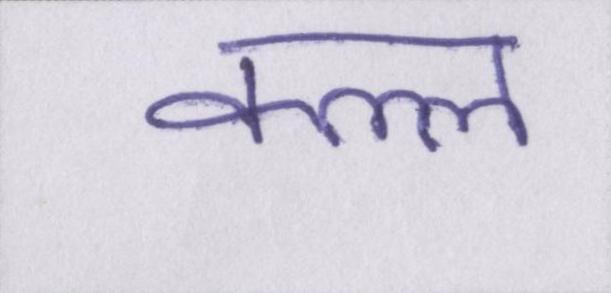
कत्ल